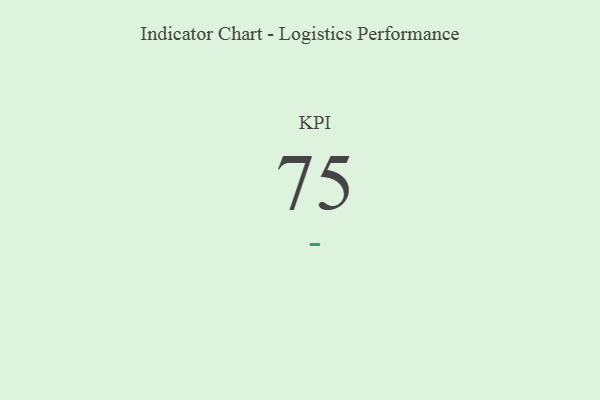
{"axis": {"x": "KPI", "y": "Value"}, "legend": [""], "data": [{"x": "KPI", "y": 75, "type": ""}]}